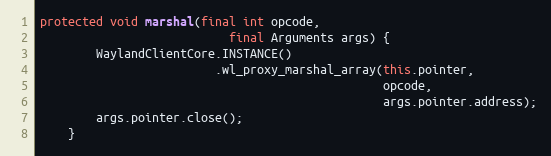
Language: Java
protected void marshal(final int opcode,
                           final Arguments args) {
        WaylandClientCore.INSTANCE()
                         .wl_proxy_marshal_array(this.pointer,
                                                 opcode,
                                                 args.pointer.address);
        args.pointer.close();
    }